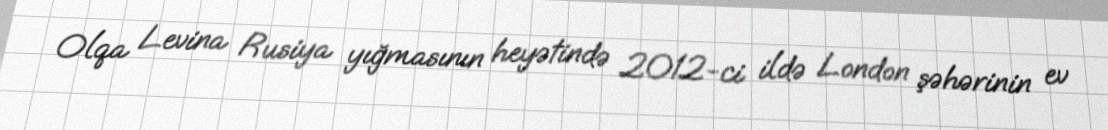
Olqa Levina Rusiya yığmasının heyətində 2012-ci ildə London şəhərinin ev